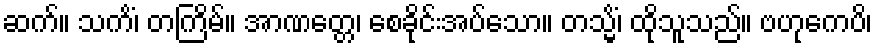
ဆက်။ သကိံ၊ တကြိမ်။ အာဏတ္တေ၊ စေခိုင်းအပ်သော။ တသ္မိံ၊ ထိုသူသည်။ ဗဟုကေပိ၊